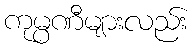
ကုမ္ပဏီများလည်း